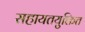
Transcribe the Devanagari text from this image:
सहायतयुक्तित